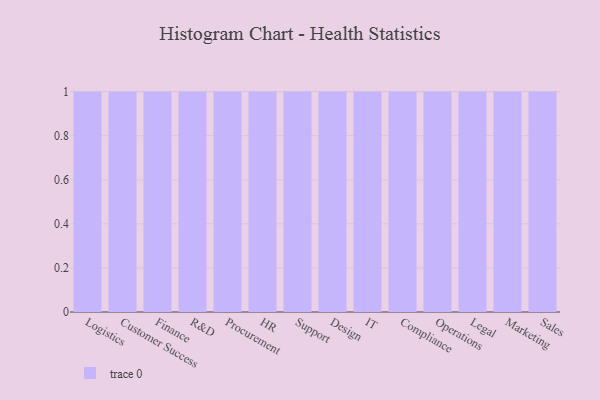
{"axis": {"x": "Department", "y": "Population (Million)"}, "legend": [""], "data": [{"x": "Logistics", "y": 25, "type": ""}, {"x": "Customer Success", "y": 27, "type": ""}, {"x": "Finance", "y": 26, "type": ""}, {"x": "R&D", "y": 30, "type": ""}, {"x": "Procurement", "y": 95, "type": ""}, {"x": "HR", "y": 7, "type": ""}, {"x": "Support", "y": 18, "type": ""}, {"x": "Design", "y": 97, "type": ""}, {"x": "IT", "y": 64, "type": ""}, {"x": "Compliance", "y": 12, "type": ""}, {"x": "Operations", "y": 97, "type": ""}, {"x": "Legal", "y": 40, "type": ""}, {"x": "Marketing", "y": 53, "type": ""}, {"x": "Sales", "y": 21, "type": ""}]}